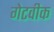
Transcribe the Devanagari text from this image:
गेटवीक